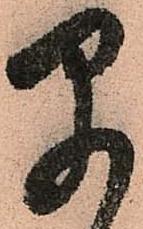
早